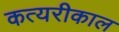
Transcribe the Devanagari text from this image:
कत्यरीकाल